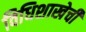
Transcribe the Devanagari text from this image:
विधिशाखेची